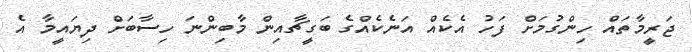
ޖަރީމާތައް ހިންގުމަށް ފަހު އެކެއް އަނެކެއްގެ ބަގީޗާއިން މާބިންނަ ހިސާބަށް ދިޔައީމާ އެ